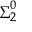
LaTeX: { \boldsymbol { \Sigma } } _ { 2 } ^ { 0 }